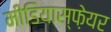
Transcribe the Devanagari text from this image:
मीडियास्फ़ेयर